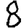
Digit: 8